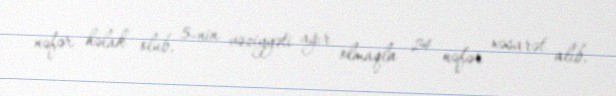
nəfər həlak olub, 5-nin vəziyyəti ağır olmaqla 24 nəfər xəsarət alıb.